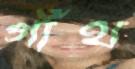
গাঁথ